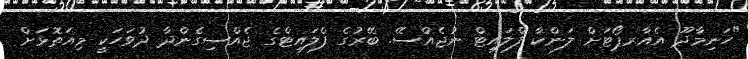
"ހަނިމާދޫ އެއާރޕޯޓަށް ލަންކާ ފްލައިޓް ނުޖެއްސޭ. ބޭރުގެ ފްލައިޓްގެ ޖެއްސިގެންދާ ދުވަހަކީ މިއަތޮޅަށް